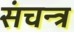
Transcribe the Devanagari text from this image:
संचन्त्र